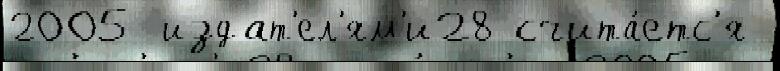
2005 издат'ел'ям'и28 счита́етс'я